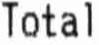
TOTAL